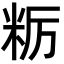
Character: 粝